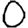
Digit: 0